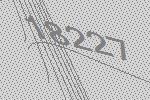
18227